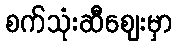
စက်သုံးဆီဈေးမှာ